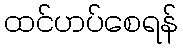
ထင်ဟပ်စေရန်